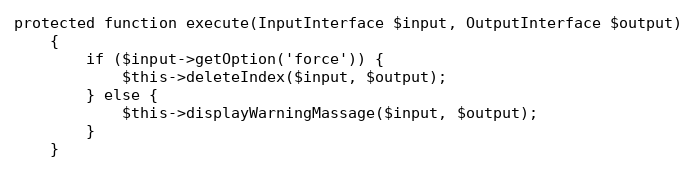
Language: PHP
protected function execute(InputInterface $input, OutputInterface $output)
    {
        if ($input->getOption('force')) {
            $this->deleteIndex($input, $output);
        } else {
            $this->displayWarningMassage($input, $output);
        }
    }